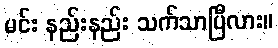
မင်း နည်းနည်း သက်သာပြီလား။